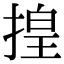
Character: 揘